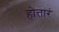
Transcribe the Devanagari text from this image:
होत्तारं